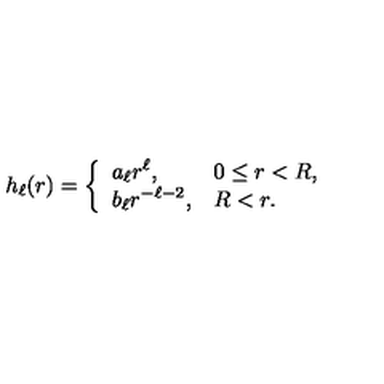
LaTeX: h _ { \ell } ( r ) = \left\{ \begin{array} { l l } { \displaystyle a _ { \ell } r ^ { \ell } , } & { 0 \leq r < R , } \\ { \displaystyle b _ { \ell } r ^ { - \ell - 2 } , } & { R < r . } \\ \end{array} \right.